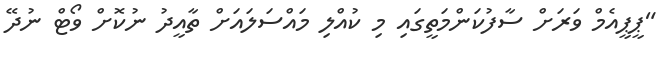
"ޕީޕީއެމް ވަރަށް ސާފުކަންމަތީގައި މި ކުއްލި މައްސަލައަށް ތާއީދު ނުކޮށް ވޯޓް ނުދޭ